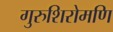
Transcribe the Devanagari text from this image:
गुरुशिरोमणि